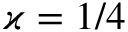
\varkappa = 1 / 4